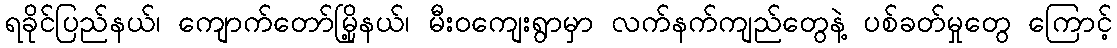
ရခိုင်ပြည်နယ်၊ ကျောက်တော်မြို့နယ်၊ မီးဝကျေးရွာမှာ လက်နက်ကျည်တွေနဲ့ ပစ်ခတ်မှုတွေ ကြောင့်